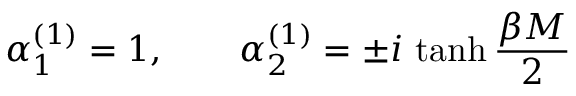
\alpha _ { 1 } ^ { ( 1 ) } = 1 , \quad \quad \alpha _ { 2 } ^ { ( 1 ) } = \pm i \, \operatorname { t a n h } { \frac { \beta M } { 2 } }